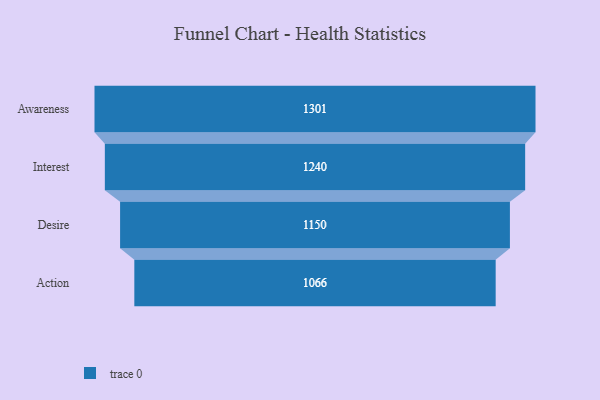
{"axis": {"x": "Stage", "y": "Value"}, "legend": [""], "data": [{"x": "Awareness", "y": 1301.0, "type": ""}, {"x": "Interest", "y": 1240.0, "type": ""}, {"x": "Desire", "y": 1150.0, "type": ""}, {"x": "Action", "y": 1066.0, "type": ""}]}